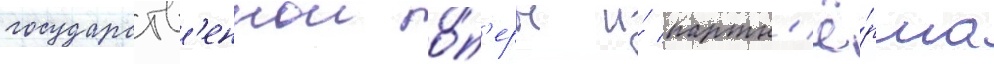
государств'еннои о́п'еры и́ партн'ё́рша